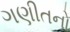
ગણીતનો